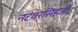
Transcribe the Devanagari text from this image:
नटवरसिंहजी